Lunatic asylums United Provinces 1899-1908 - 1899-1908
Year: 1899
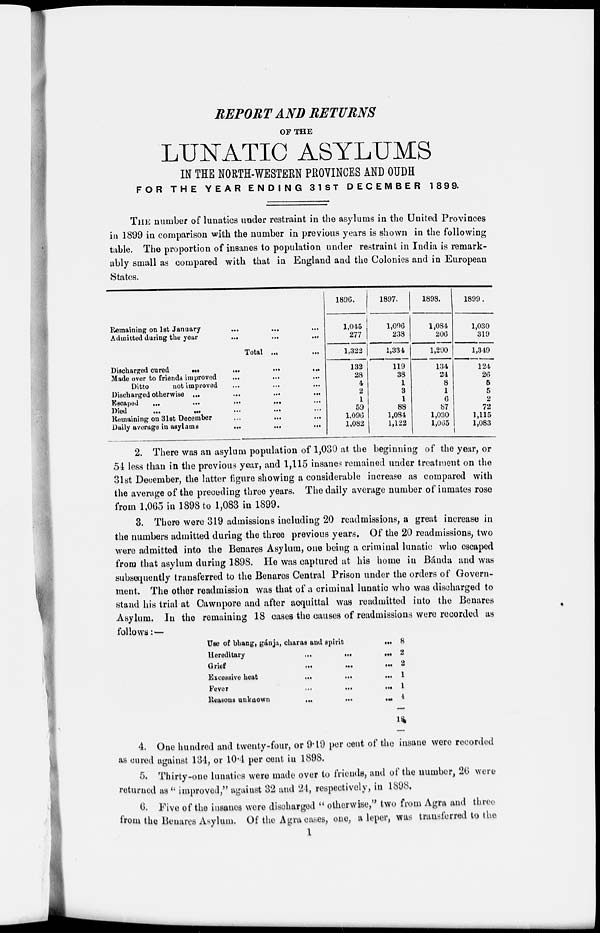
REPORT AND RETURNS
OF THE
LUNATIC ASYLUMS
IN THE NORTH-WESTERN PROVINCES AND OUDH
FOR THE YEAR ENDING 31ST DECEMBER
1899.
THE number of lunatics under restraint in the asylums in the United Provinces
in 1899 in comparison with the number in previous years is shown in the following
table. The proportion of insanes to population under restraint in India is remark-
ably small as compared with that in England and the Colonies and in European
States.
Remaining on 1st January ... ... ...
Admitted during the year
...
...
...
Total
..
...
Discharged cured
...
...
...
...
Made over to friends improved ... ... ...
Ditto
not improved .... ... ...
Discharged otherwise ... ... ...
Escaped
...
...
...
...
...
Died
...
...
...
...
...
Remaining on 31st December ... ... ...
Daily average in asylums
...
...
...
1896.
1,045
277
1,322
132
28
4
2
1
59
1,096
1,082
1897.
1,096
238
1,334
119
38
1
3
1
88
1,084
1,122
1898.
1,084
206
1,290
134
24
8
1
6
87
1,030
1,065
1899.
1,030
319
1,349
124
26
5
5
2
72
1,115
1,083
2. There was an asylum population of 1,030 at the beginning of the year, or
54 less than in the previous year, and 1,115 insanes remained under treatment on the
31st December, the latter figure showing a considerable increase as compared with
the average of the preceding three years. The daily average number of inmates rose
from 1,065 in 1898 to 1,083 in 1899.
3. There were 319 admissions including 20 readmissions, a great increase in
the numbers admitted during the three previous years. Of the 20 readmissions, two
were admitted into the Benares Asylum, one being a criminal lunatic who escaped
from that asylum during 1898. He was captured at his home in Bánda and was
subsequently transferred to the Benares Central Prison under the orders of Govern-
ment. The other readmission was that of a criminal lunatic who was discharged to
stand his trial at Cawnpore and after acquittal was readmitted into the Benares
Asylum. In the remaining 18 cases the causes of readmissions were recorded as
follows: —
Use of bhang, gánja, charas and spirit
...
Hereditary
...
...
...
Grief
...
...
...
Excessive heat
...
...
...
Fever ... ... ...
Reasons unknown
...
...
...
8
2
2
1
1
4
18
4. One hundred and twenty-four, or 9.19 per cent of the insane were recorded
as cured against 134, or 10.4 per cent in 1898.
5. Thirty-one lunatics were made over to friends, and of the number, 26 were
returned as "improved," against 32 and 24, respectively, in 1898.
6. Five of the insanes were discharged "otherwise," two from Agra and three
from the Benares Asylum. Of the Agra cases, one, a leper, was transferred to the
1